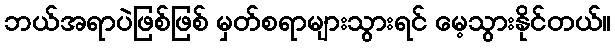
ဘယ်အရာပဲဖြစ်ဖြစ် မှတ်စရာများသွားရင် မေ့သွားနိုင်တယ်။